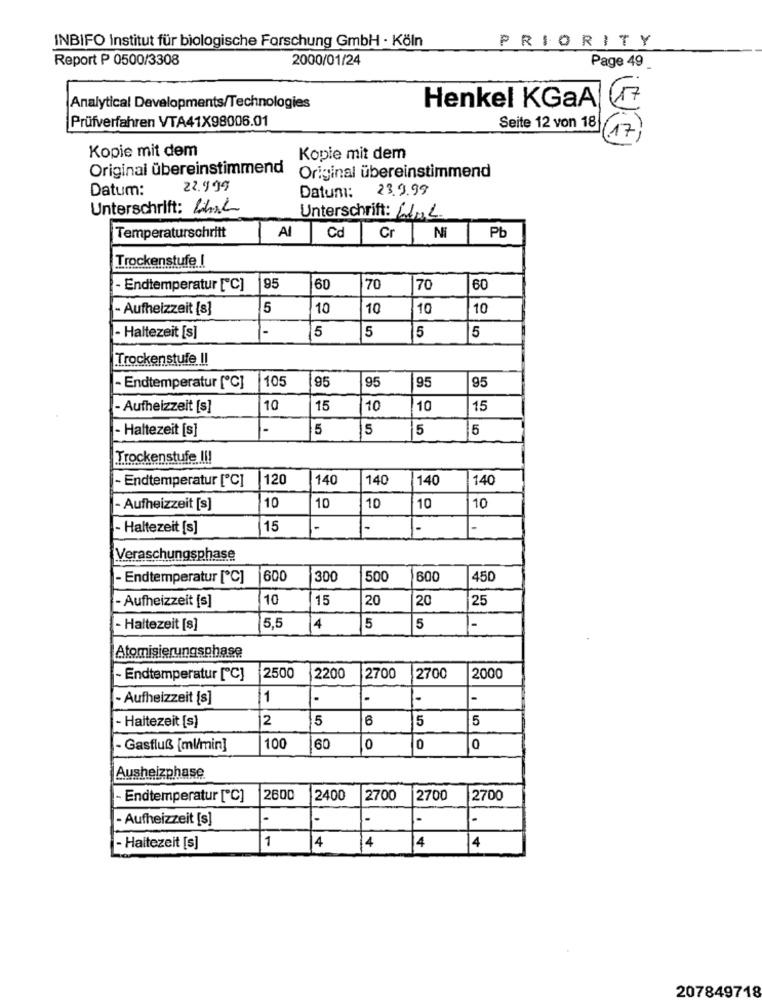
INBIFO Institut für biologische Forschung GmbH · Köln
PRIORITY
Report P 0500/3308
2000/01/24
Page 49
Henkel KGaA
17
Analytical Developments/Technologies
Prüfverfahren VTA41X98006.01
Seite 12 von 18
Kopie mit dem
Kopie mit dem
Original übereinstimmend
Original übereinstimmend
Datum:
22.999
23.9.99
Datum:
Unterschrift: Chal
Unterschrift: 602
Temperaturschritt
Al
Cd
Cr
Ni
Pb
Trockenstufe. I
- Endtemperatur [C]
95
60
70
70
60
- Aufheizzeit [s]
5
10
10
10
10
-
- Haltezeit [s]
5
5
5
5
Trockenstufe II
95
- Endtemperatur [C]
105
95
95
95
- Aufheizzeit [s]
10
15
10
10
15
- Haltezeit [s]
1-
5
5
5
5
Trockenstufe !!!
- Endtemperatur [C]
120
140
140
140
140
- Aufheizzeit [s]
10
10
10
10
10
- Haltezeit [s]
15
1-
-
-
Veraschungsphase
- Endtemperatur [℃]
600
300
500
600
450
10
15
20
25
- Aufheizzeit [s]
20
- Haltezeit [s]
5,5
4
5
5
-
Atomisierungsphase
- Endtemperatur [C]
2500
2200
2700
2700
2000
- Aufheizzeit [s]
1
-
2
5
e
5
5
- Haitezeit [s]
- Gasfluß [ml/min]
100
60
0
0
0
Ausheizphase
- Endtemperatur [C]
2600
|2400
2700
2700
2700
- Aufheizzeit [s]
-
-
-
1
- Haitezeit [s]
4
4
4
4
207849718